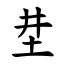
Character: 坓